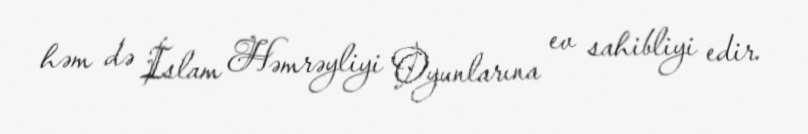
həm də İslam Həmrəyliyi Oyunlarına ev sahibliyi edir.